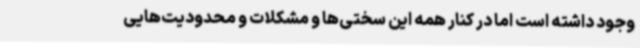
وجود داشته است اما در کنار همه این سختی‌ها و مشکلات و محدودیت‌هایی